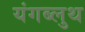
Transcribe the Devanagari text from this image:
यंगब्लुथ